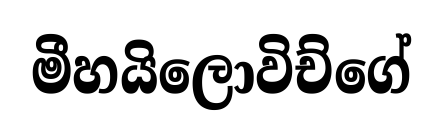
මීහයිලොවිච්ගේ